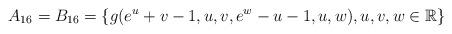
LaTeX: \begin{align*} A_{16}=B_{16}=\{g(e^{u}+v-1,u,v,e^{w}-u-1,u,w), u,v,w \in \mathbb R\} \end{align*}